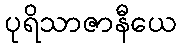
ပုရိသာဇာနီယေ